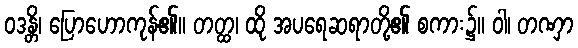
ဝဒန္တိ၊ ပြောဟောကုန်၏။ တတ္ထ၊ ထို အပရေဆရာတို့၏ စကား၌။ ဝါ၊ တဏှာ